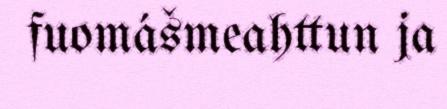
fuomášmeahttun ja